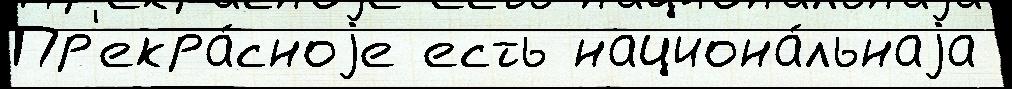
Пр'екра́сноjе есть национа́льнаjа